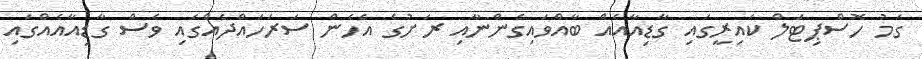
ގަމު ހޮސްޕިޓަލް ކައިރީގައި ގާޑިއާއެއް ބާއްވައިގެންނާއި ރަށުގެ އެހެން ސަރަހައްދެއްގައި ވެސް ގާޑިއާއެއްގައި